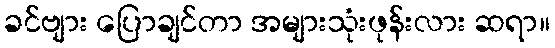
ခင်ဗျား ပြောချင်တာ အများသုံးဖုန်းလား ဆရာ။